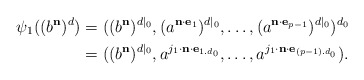
\begin{align*}\psi_1((b^{\mathbf n})^d) &= ((b^{\mathbf n})^{d|_0}, (a^{\mathbf n \cdot \mathbf{e}_{{1}}})^{d|_0}, \dots, (a^{\mathbf n \cdot \mathbf{e}_{{p-1}}})^{d|_0})^{d_0}\\&= ((b^{\mathbf n})^{d|_0}, a^{j_1 \cdot \mathbf n \cdot \mathbf{e}_{1.d_0}}, \dots, a^{j_1 \cdot \mathbf n \cdot \mathbf{e}_{(p-1).d_0}}).\end{align*}